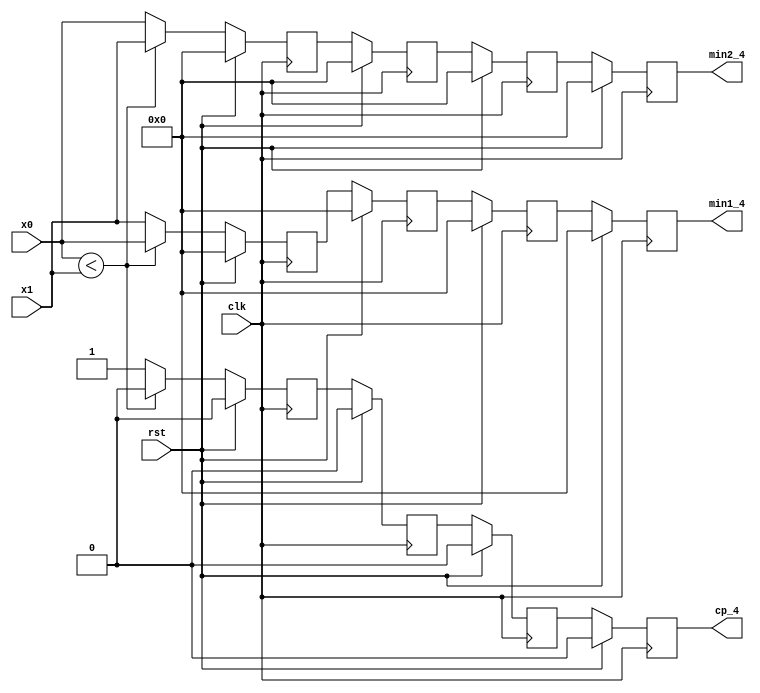
`timescale 1ns / 1ps
//////////////////////////////////////////////////////////////////////////////////
// Company: 
// Engineer: 
// 
// Design Name: 
// Module Name: m2VG_pipelined
// Project Name: 
// Target Devices: 
// Tool Versions: 
// Description: 
// 
// Dependencies: 
// 
// Revision:
// Revision 0.01 - File Created
// Additional Comments:
// 
//////////////////////////////////////////////////////////////////////////////////


module m2VG_pipelined(
     output reg [4:0]min1_4,
     output reg [4:0]min2_4,
     output reg cp_4,
     input [4:0]x0,
     input [4:0]x1,
     input clk,
     input rst
    );
    wire [4:0]min1_wire;
    wire [4:0]min2_wire;
    wire cp_wire;
    
    reg [4:0]min1_1,min1_2,min1_3;
    reg [4:0]min2_1,min2_2,min2_3;
    reg cp_1,cp_2,cp_3;
    always@(posedge clk) begin
        if(rst)begin
            min1_1 <= 0;
            min2_1 <= 0;
            cp_1 <= 0;
            
            min1_2 <= 0;
            min2_2 <= 0;
            cp_2 <= 0;
            
            min1_3 <= 0;
            min2_3 <= 0;
            cp_3 <= 0;
            
            min1_4 <= 0;
            min2_4 <= 0;
            cp_4 <= 0;
        end
        else begin
            min1_1 <= min1_wire;
            min2_1 <= min2_wire;
            cp_1 <= cp_wire;
            
            min1_2 <= min1_1;
            min2_2 <= min2_1;
            cp_2 <= cp_1;
            
            min1_3 <= min1_2;
            min2_3 <= min2_2;
            cp_3 <= cp_2;
            
            min1_4 <= min1_3;
            min2_4 <= min2_3;
            cp_4 <= cp_3;
        end
    end
    
    assign min1_wire = x0<x1?x0:x1;
    assign min2_wire = x0<x1?x1:x0;
    assign cp_wire = x0<x1?0:1;
endmodule